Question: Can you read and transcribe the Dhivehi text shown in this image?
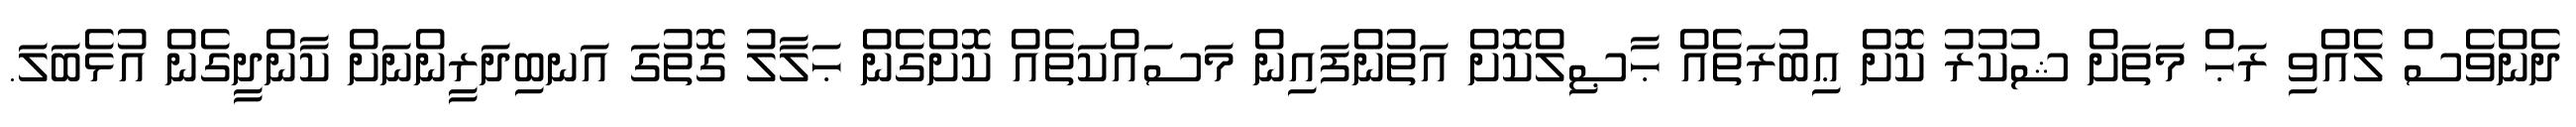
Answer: ދެންވެސް ލެއްވި ރަޙް މަތަށް ޝުކުރު ކޮށް ޢިބުރަތެއް ޙާޞިލްކޮށް އަތުންފައިން މަސައްކަތެއް ކޮށްގެން ޙަލާލު ގޮތުގަ އަނބިދަރީންނަށް ކާންދީގެން އުޅެބަލަ.